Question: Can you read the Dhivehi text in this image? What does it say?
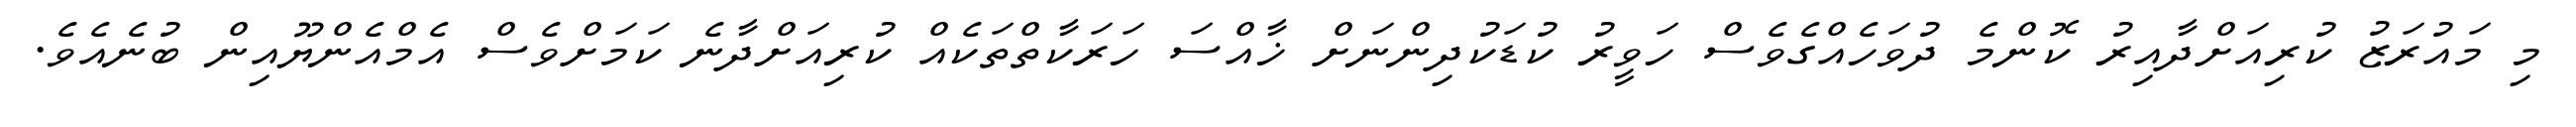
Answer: މި މައުރަޒު ކުރިއަށްދާއިރު ކޮންމެ ދުވަހެއްގެވެސް ހަވީރު ކުޑަކުދިންނަށް ޚާއްސަ ހަރަކާތްތަކެއް ކުރިއަށްދާނެ ކަމަށްވެސް އެމްއެންޔޫއިން ބުނެއެވެ.